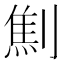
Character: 劁